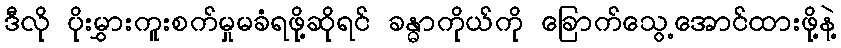
ဒီလို ပိုးမွှားကူးစက်မှုမခံရဖို့ဆိုရင် ခန္ဓာကိုယ်ကို ခြောက်သွေ့အောင်ထားဖို့နဲ့